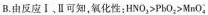
B.由反应Ⅰ、Ⅱ可知，氧化性: HNO_{2} > PbO _{2}> MnO_{4}^{-} ；